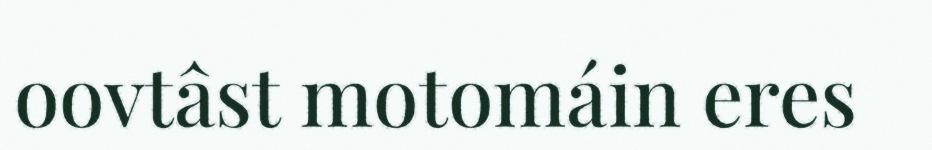
oovtâst motomáin eres